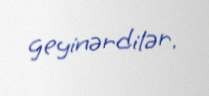
geyinərdilər.